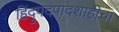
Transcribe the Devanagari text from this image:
हिंदुपदपादशाहीचा